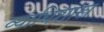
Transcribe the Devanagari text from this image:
व्याधिशास्त्र